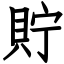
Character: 貯